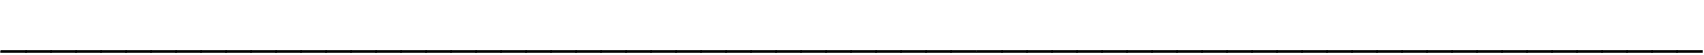
____________________________________________________________________